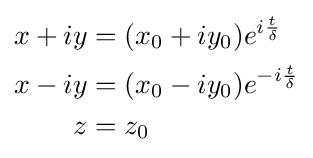
\scriptstyle {\begin{aligned}x+iy&=(x_{0}+iy_{0})e^{i{\frac {t}{\delta }}}\\x-iy&=(x_{0}-iy_{0})e^{-i{\frac {t}{\delta }}}\\z&=z_{0}\end{aligned}}